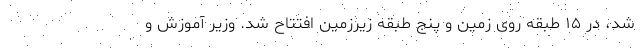
شد، در ۱۵ طبقه روی زمین و پنج طبقه زیرزمین افتتاح شد. وزیر آموزش و